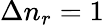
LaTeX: \Delta n_{r}=1